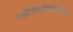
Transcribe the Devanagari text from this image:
मशीनोस्त्रोयेनिशिया